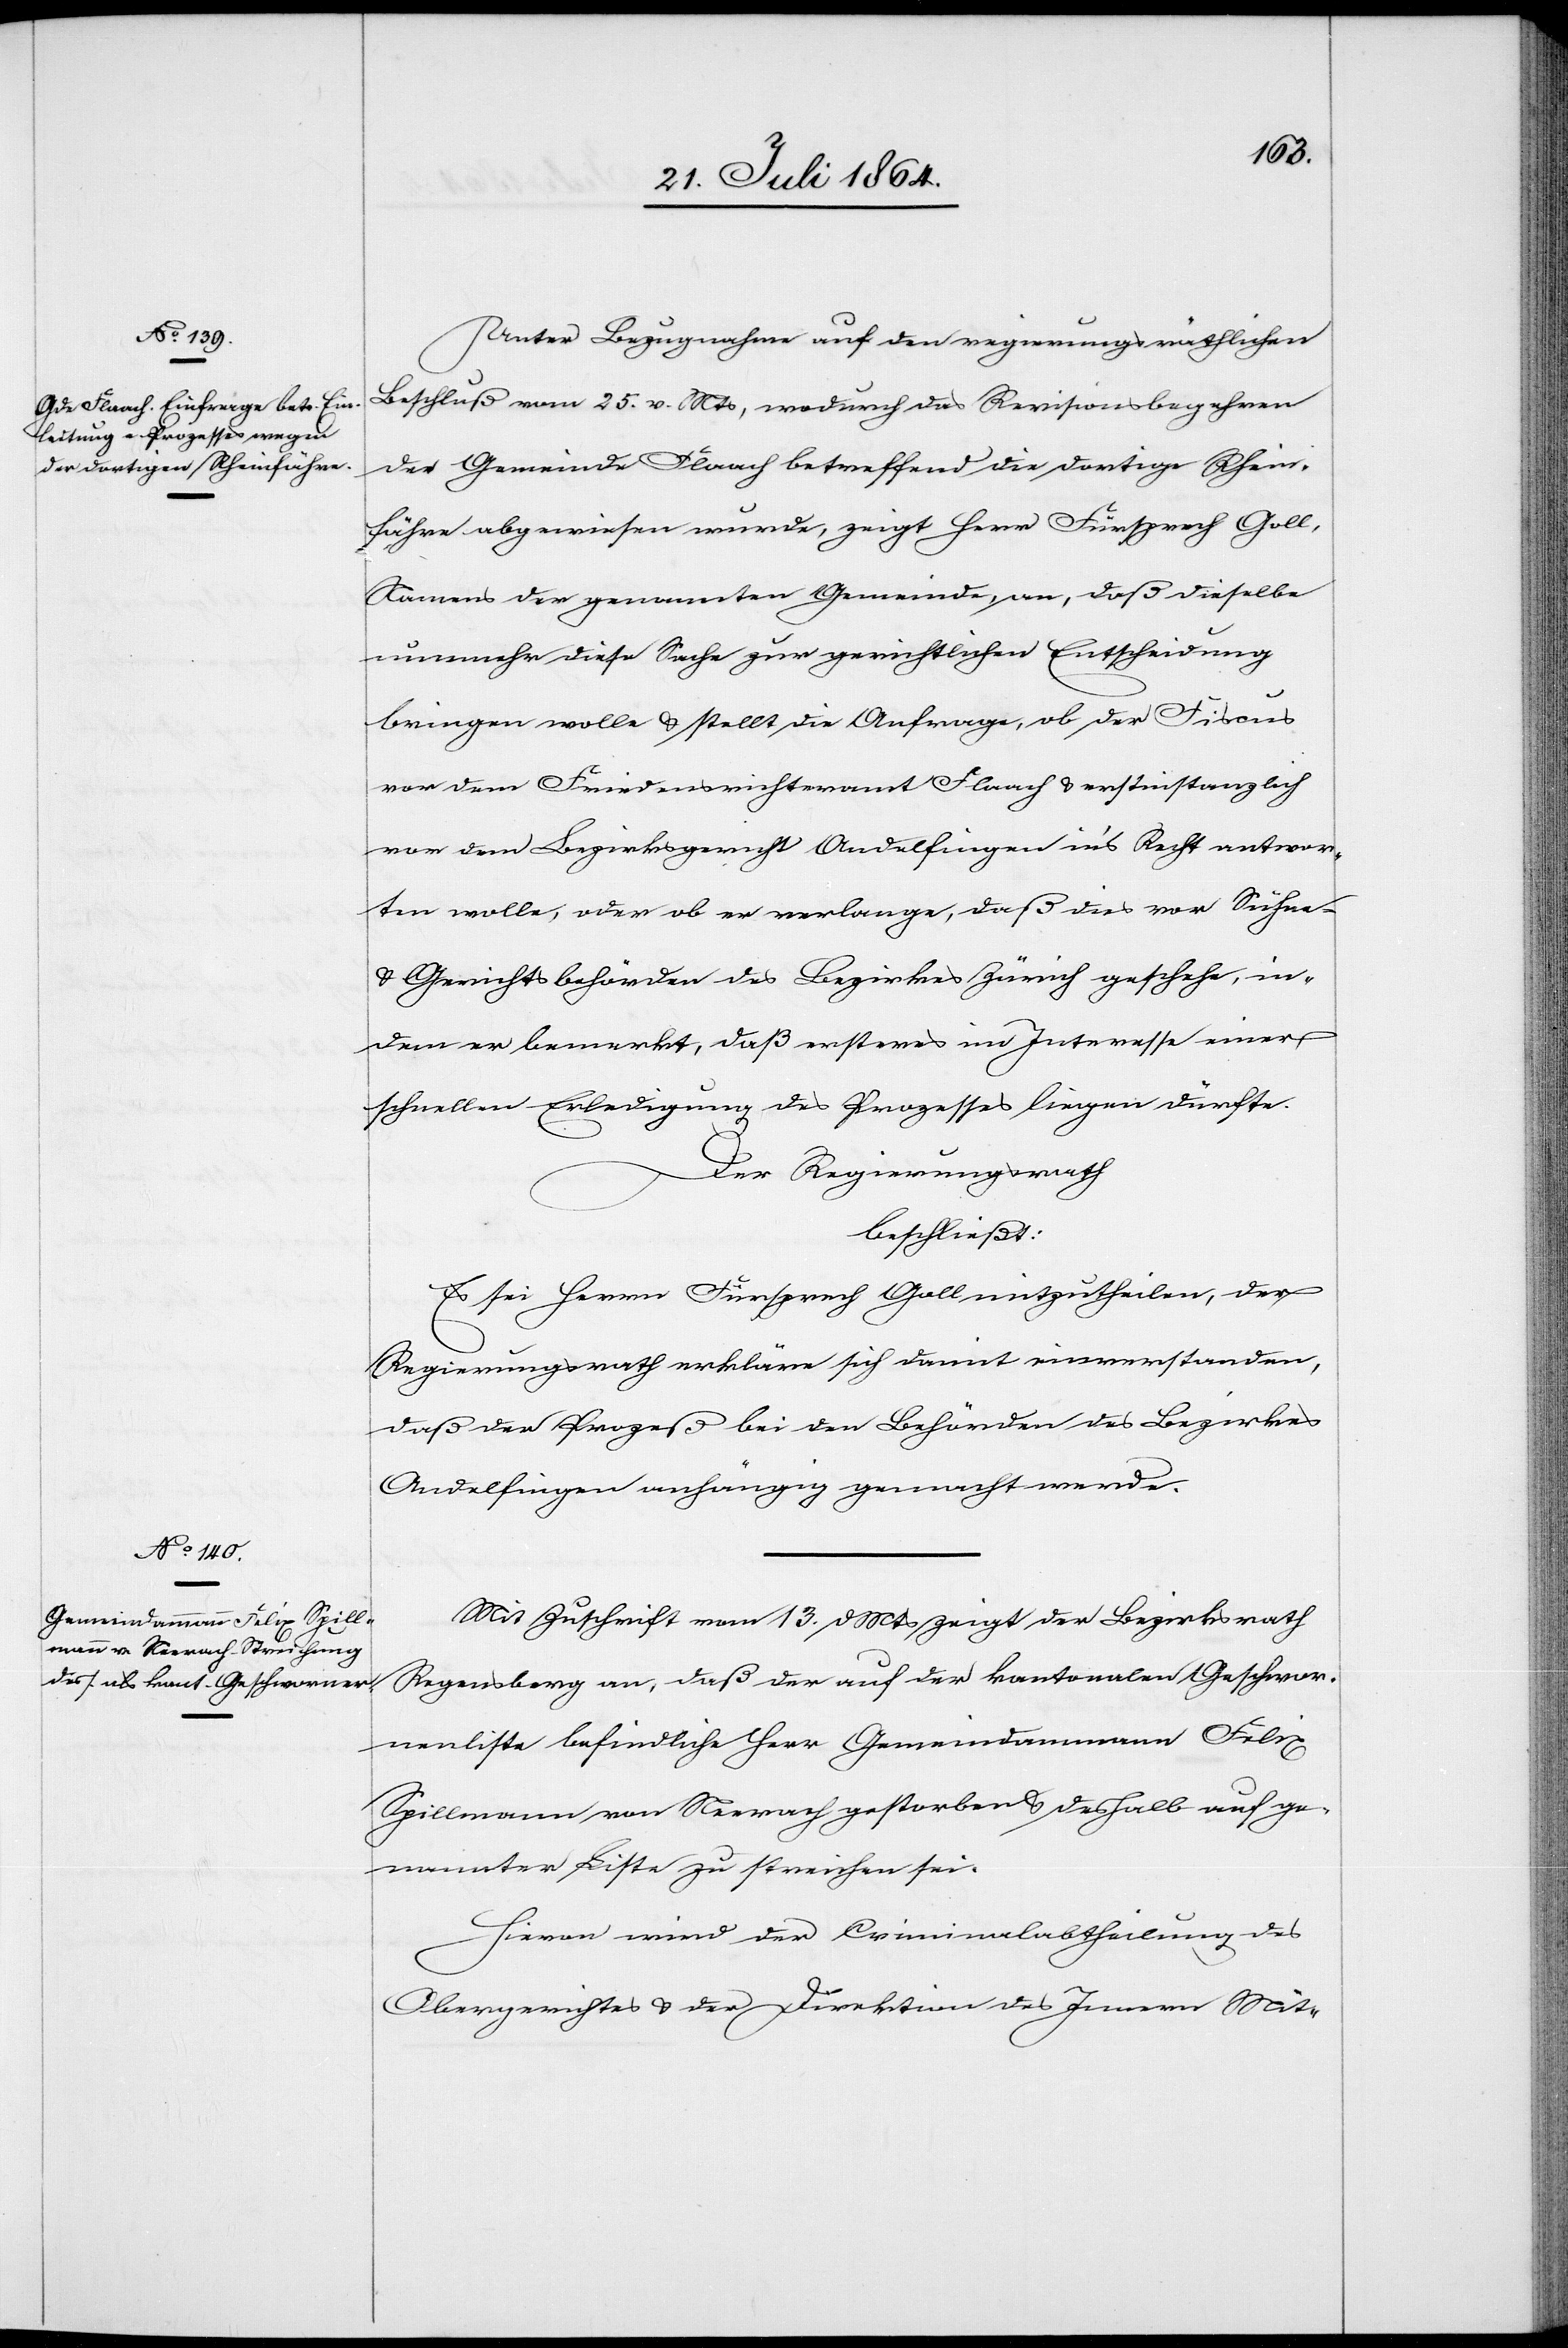
Unter Bezugnahme auf den regierungsräthlichen
Beschluß vom 25. v. Mts., wodurch das Revisionsbegehren
der Gemeinde Flaach betreffend die dortige Rhein¬
fähre abgewiesen wurde, zeigt Herr Fürsprech Goll,
Namens der genannten Gemeinde, an, daß dieselbe
nunmehr diese Sache zur gerichtlichen Entscheidung
bringen wolle u. stellt die Anfrage, ob der Fiscus
vor dem Friedensrichteramt Flaach u. erstinstanzlich
vor dem Bezirksgericht Andelfingen in’s Recht antwor¬
ten wolle, oder ob er verlange, daß dies vor Sühne-
u. Gerichtsbehörden des Bezirkes Zürich geschehe, in¬
dem er bemerkt, daß ersteres im Interesse einer
schnellen Erledigung des Prozesses liegen dürfte.
Der Regierungsrath
beschließt:
Es sei Herrn Fürsprech Goll mitzutheilen, der
Regierungsrath erkläre sich damit einverstanden,
daß der Prozeß bei den Behörden des Bezirkes
Andelfingen anhängig gemacht werde.
Mit Zuschrift vom 13. d. Mts. zeigt der Bezirksrath
Regensberg an, daß der auf der kantonalen Geschwor¬
nenliste befindliche Herr Gemeindammann Felix
Spillmann von Neerach gestorben u. deshalb auf ge¬
nannter Liste zu streichen sei.
Hievon wird der Criminalabtheilung des
Obergerichtes u. der Direktion des Innern Mit-